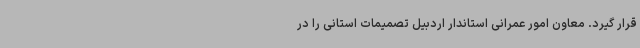
قرار گیرد. معاون امور عمرانی استاندار اردبیل تصمیمات استانی را در